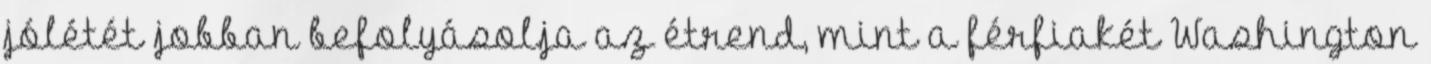
jólétét jobban befolyásolja az étrend, mint a férfiakét Washington